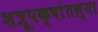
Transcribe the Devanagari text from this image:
शत्रूपक्षांतल्या